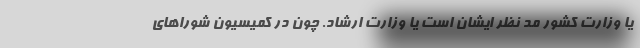
یا وزارت کشور مد نظر ایشان است یا وزارت ارشاد. چون در کمیسیون شوراهای